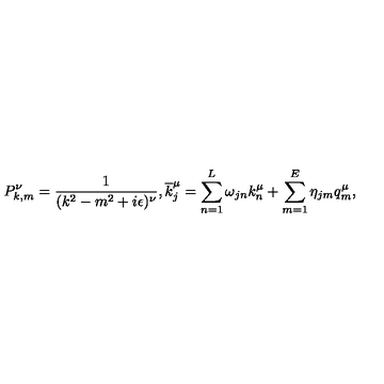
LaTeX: P _ { k , m } ^ { \nu } = \frac { 1 } { ( k ^ { 2 } - m ^ { 2 } + i \epsilon ) ^ { \nu } } , \overline { { k } } _ { j } ^ { \mu } = \sum _ { n = 1 } ^ { L } \omega _ { j n } k _ { n } ^ { \mu } + \sum _ { m = 1 } ^ { E } \eta _ { j m } q _ { m } ^ { \mu } ,